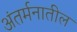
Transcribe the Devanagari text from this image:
अंतर्मनातील